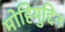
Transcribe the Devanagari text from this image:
मोहियुद्दिन